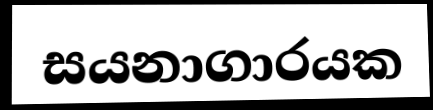
සයනාගාරයක